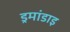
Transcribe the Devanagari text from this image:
ड्रमांडाइ